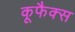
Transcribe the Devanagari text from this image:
कूफैक्स